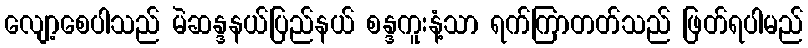
လျော့စေပါသည် မဲဆန္ဒနယ်ပြည်နယ် စန္ဒကူးနံ့သာ ရက်ကြာတတ်သည် ဖြတ်ရပါမည်